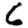
Digit: 6